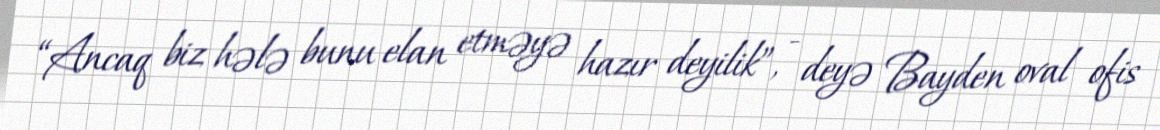
“Ancaq biz hələ bunu elan etməyə hazır deyilik”, - deyə Bayden oval ofis